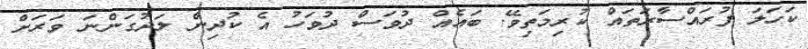
ކަހަލަ ފުރައްސާރަތައް ކުރިމަތިވޭ. ބައެއް ދުވަސް ދުވަހު އެ ކުދިން ލަދުގަންނަ ވަރަށް